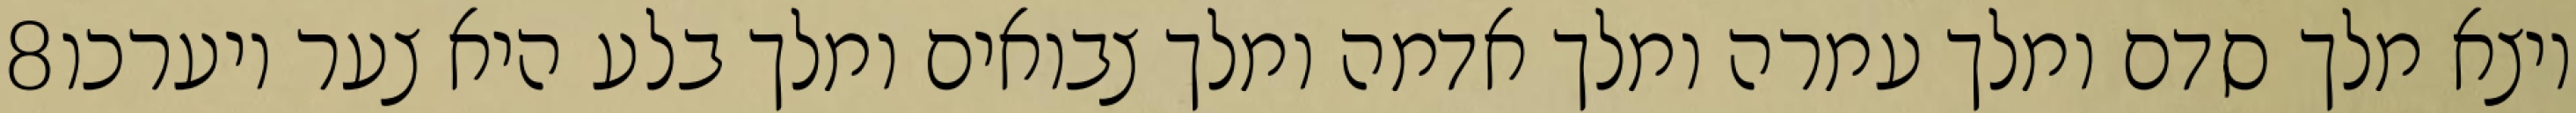
‎8‏ ויצא מלך סדם ומלך עמרה ומלך אדמה ומלך צבואים ומלך בלע היא צער ויערכו